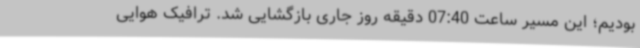
بودیم؛ این مسیر ساعت 07:40 دقیقه روز جاری بازگشایی شد. ترافیک هوایی